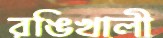
রঙিখালী